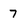
Character: 7